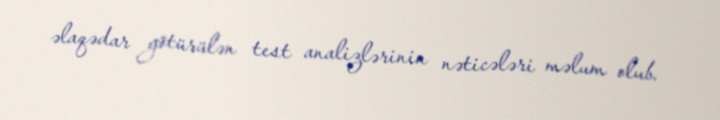
əlaqədar götürülən test analizlərinin nəticələri məlum olub.